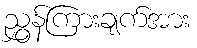
ညွှန်ကြားချက်အား